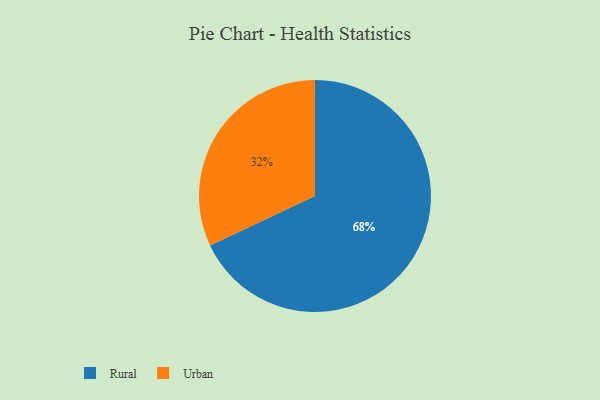
{"axis": {"x": "Category", "y": "Percentage"}, "legend": ["Rural", "Urban"], "data": [{"x": "Rural", "y": 68, "type": "Rural"}, {"x": "Urban", "y": 32, "type": "Urban"}]}